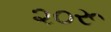
૨૦રૂ